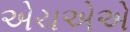
એચએએ